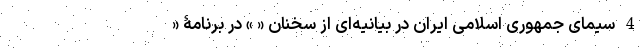
4 سیمای جمهوری اسلامی ایران در بیانیه‌ای از سخنان « » در برنامۀ «